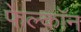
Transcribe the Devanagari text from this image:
फेल्काॅन